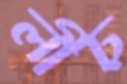
লীঢ়